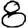
Digit: 8